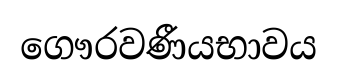
ගෞරවණීයභාවය